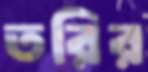
তরির